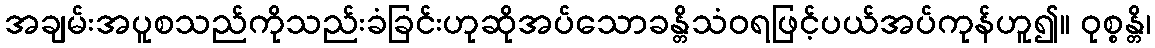
အချမ်းအပူစသည်ကိုသည်းခံခြင်းဟုဆိုအပ်သောခန္တိသံဝရဖြင့်ပယ်အပ်ကုန်ဟူ၍။ ဝုစ္စန္တိ၊